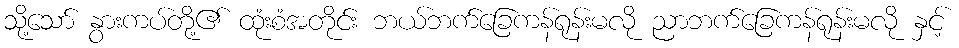
သို့သော် နွားကပ်တို့၏ ထုံးစံအတိုင်း ဘယ်ဘက်ခြေကန်ရုန်းမလို ညာဘက်ခြေကန်ရုန်းမလို နှင့်